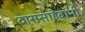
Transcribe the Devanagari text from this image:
दाससाहेबांनी